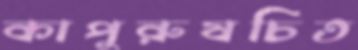
কাপুরুষচিত